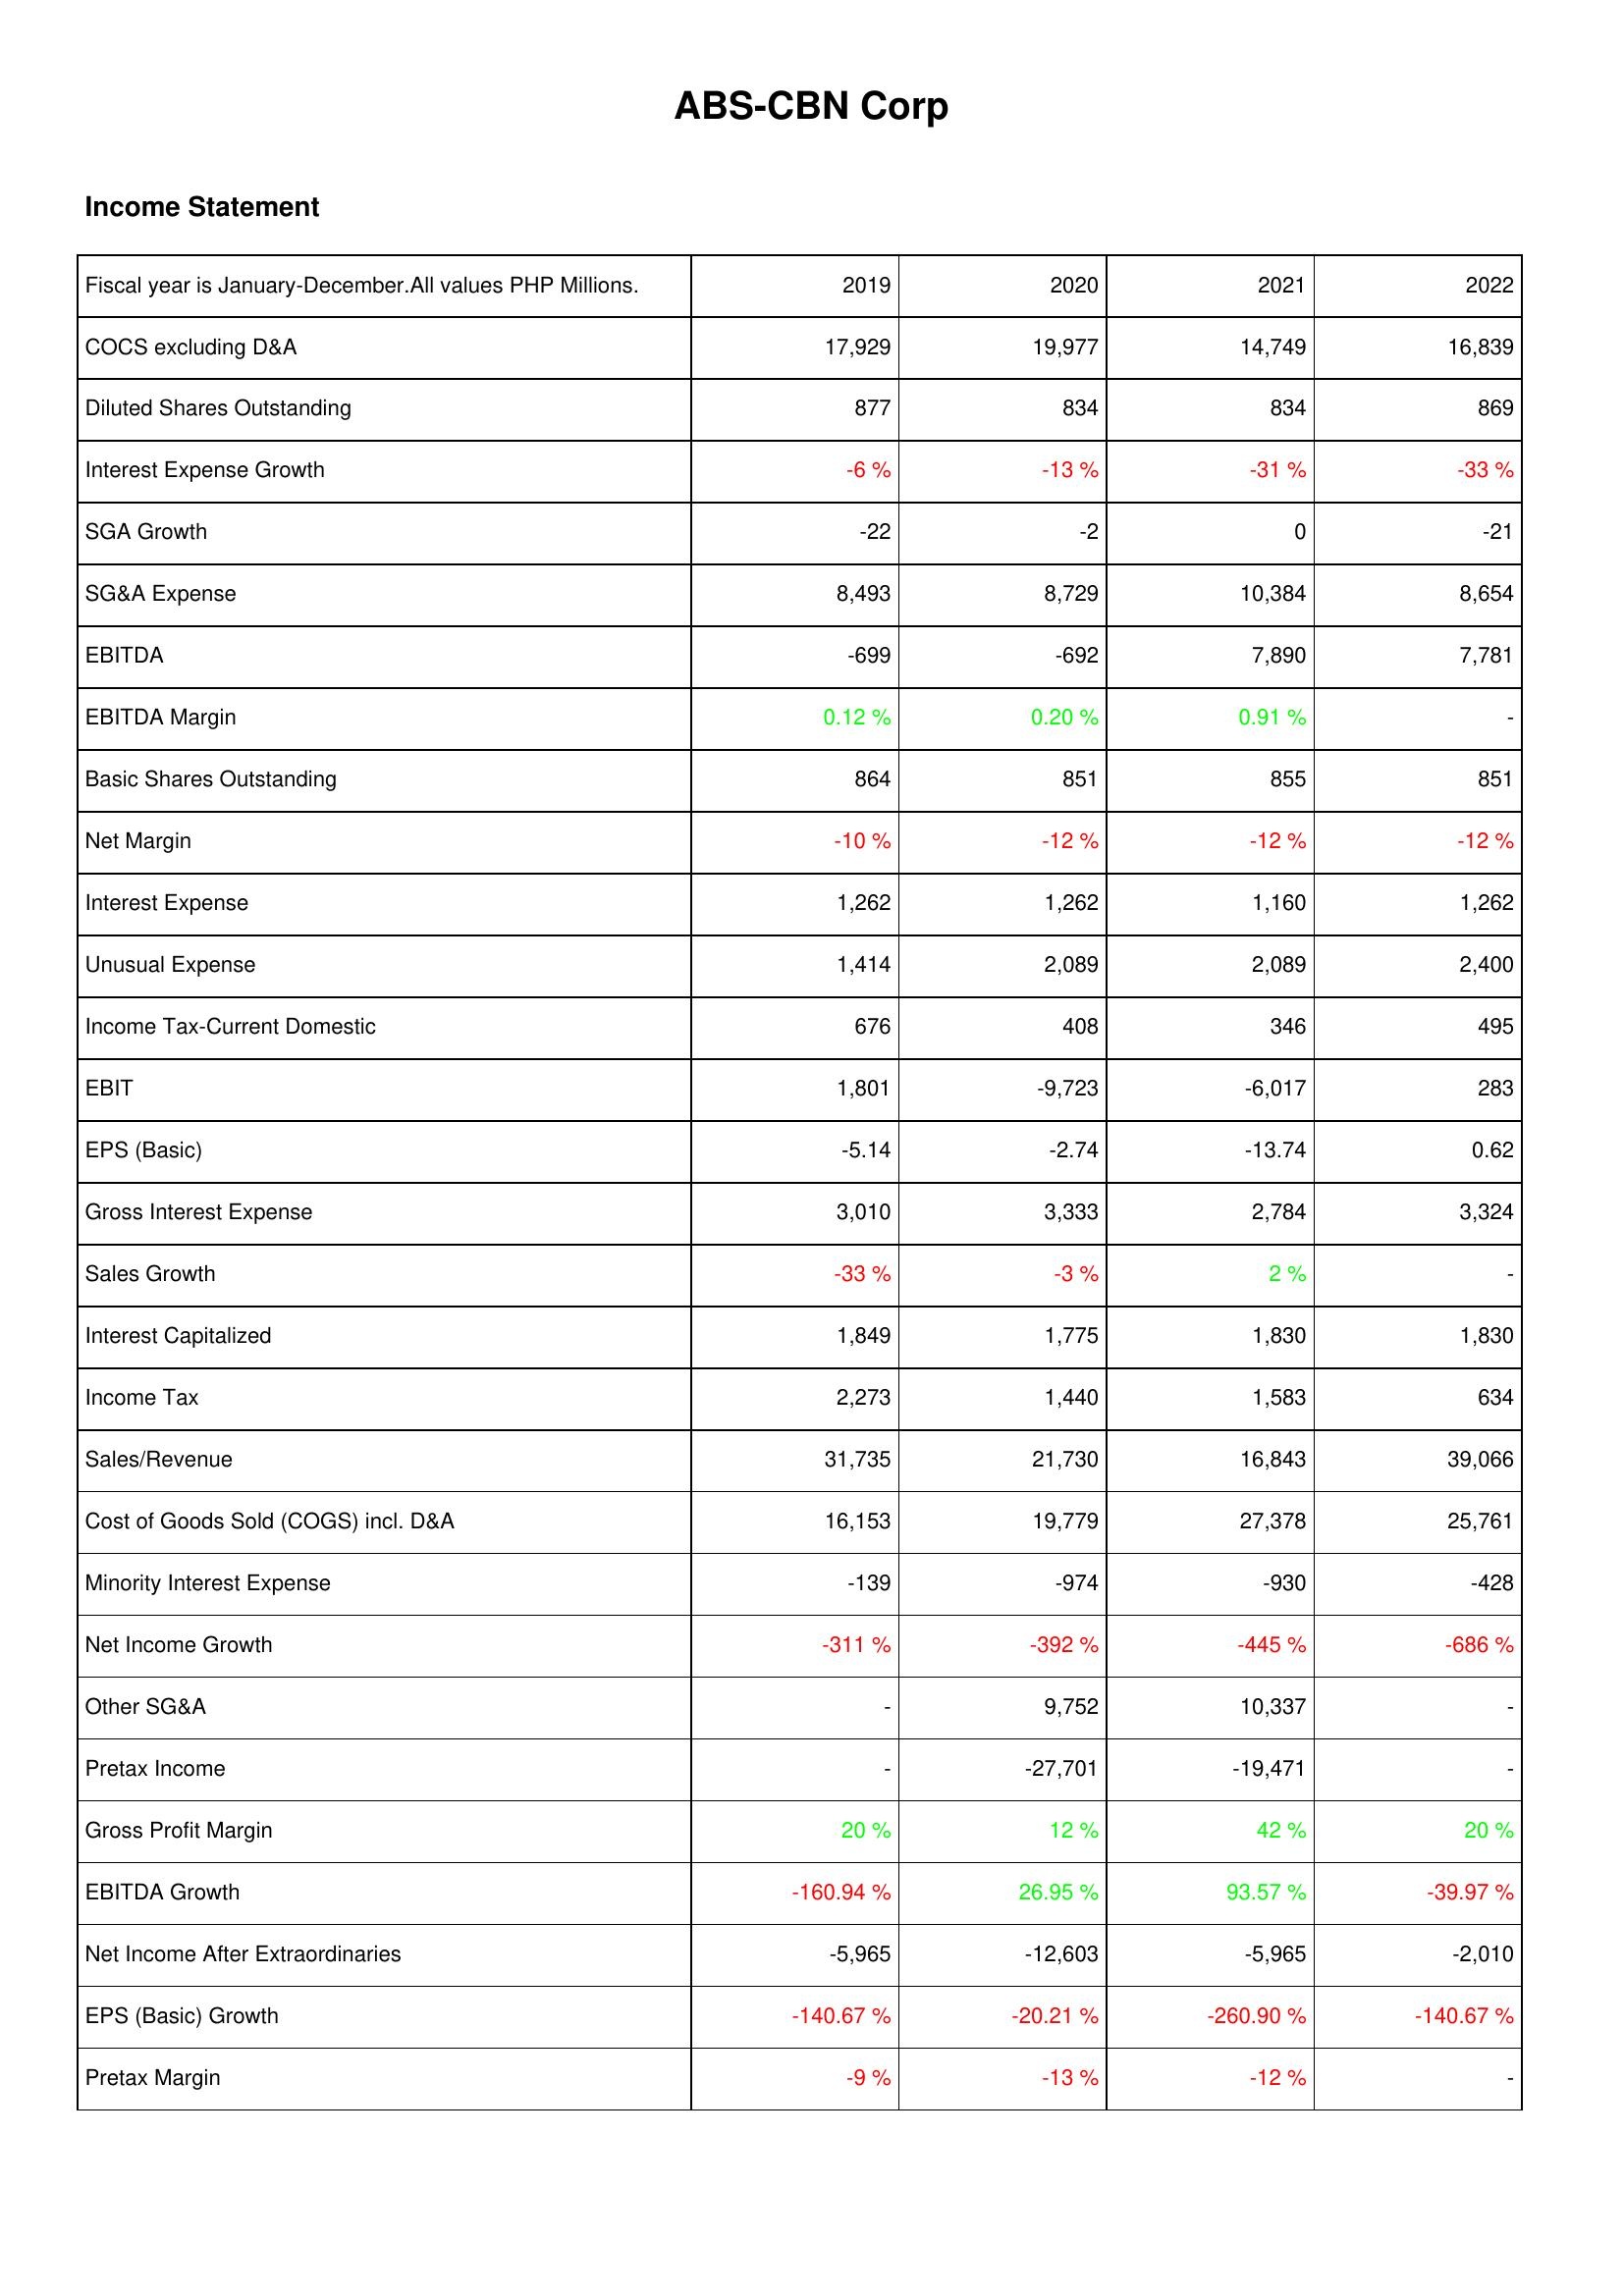
2019: Income Statement: COCS excluding D&A: 17,929
Diluted Shares Outstanding: 877
Interest Expense Growth: -6 %
SGA Growth: -22
SG&A Expense: 8,493
EBITDA: -699
EBITDA Margin: 0.12 %
Basic Shares Outstanding: 864
Net Margin: -10 %
Interest Expense: 1,262
Unusual Expense: 1,414
Income Tax-Current Domestic: 676
EBIT: 1,801
EPS (Basic): -5.14
Gross Interest Expense: 3,010
Sales Growth: -33 %
Interest Capitalized: 1,849
Income Tax: 2,273
Sales/Revenue: 31,735
Cost of Goods Sold (COGS) incl. D&A: 16,153
Minority Interest Expense: -139
Net Income Growth: -311 %
Other SG&A: -
Pretax Income: -
Gross Profit Margin: 20 %
EBITDA Growth: -160.94 %
Net Income After Extraordinaries: -5,965
EPS (Basic) Growth: -140.67 %
Pretax Margin: -9 %
2020: Income Statement: COCS excluding D&A: 19,977
Diluted Shares Outstanding: 834
Interest Expense Growth: -13 %
SGA Growth: -2
SG&A Expense: 8,729
EBITDA: -692
EBITDA Margin: 0.20 %
Basic Shares Outstanding: 851
Net Margin: -12 %
Interest Expense: 1,262
Unusual Expense: 2,089
Income Tax-Current Domestic: 408
EBIT: -9,723
EPS (Basic): -2.74
Gross Interest Expense: 3,333
Sales Growth: -3 %
Interest Capitalized: 1,775
Income Tax: 1,440
Sales/Revenue: 21,730
Cost of Goods Sold (COGS) incl. D&A: 19,779
Minority Interest Expense: -974
Net Income Growth: -392 %
Other SG&A: 9,752
Pretax Income: -27,701
Gross Profit Margin: 12 %
EBITDA Growth: 26.95 %
Net Income After Extraordinaries: -12,603
EPS (Basic) Growth: -20.21 %
Pretax Margin: -13 %
2021: Income Statement: COCS excluding D&A: 14,749
Diluted Shares Outstanding: 834
Interest Expense Growth: -31 %
SGA Growth: 0
SG&A Expense: 10,384
EBITDA: 7,890
EBITDA Margin: 0.91 %
Basic Shares Outstanding: 855
Net Margin: -12 %
Interest Expense: 1,160
Unusual Expense: 2,089
Income Tax-Current Domestic: 346
EBIT: -6,017
EPS (Basic): -13.74
Gross Interest Expense: 2,784
Sales Growth: 2 %
Interest Capitalized: 1,830
Income Tax: 1,583
Sales/Revenue: 16,843
Cost of Goods Sold (COGS) incl. D&A: 27,378
Minority Interest Expense: -930
Net Income Growth: -445 %
Other SG&A: 10,337
Pretax Income: -19,471
Gross Profit Margin: 42 %
EBITDA Growth: 93.57 %
Net Income After Extraordinaries: -5,965
EPS (Basic) Growth: -260.90 %
Pretax Margin: -12 %
2022: Income Statement: COCS excluding D&A: 16,839
Diluted Shares Outstanding: 869
Interest Expense Growth: -33 %
SGA Growth: -21
SG&A Expense: 8,654
EBITDA: 7,781
EBITDA Margin: -
Basic Shares Outstanding: 851
Net Margin: -12 %
Interest Expense: 1,262
Unusual Expense: 2,400
Income Tax-Current Domestic: 495
EBIT: 283
EPS (Basic): 0.62
Gross Interest Expense: 3,324
Sales Growth: -
Interest Capitalized: 1,830
Income Tax: 634
Sales/Revenue: 39,066
Cost of Goods Sold (COGS) incl. D&A: 25,761
Minority Interest Expense: -428
Net Income Growth: -686 %
Other SG&A: -
Pretax Income: -
Gross Profit Margin: 20 %
EBITDA Growth: -39.97 %
Net Income After Extraordinaries: -2,010
EPS (Basic) Growth: -140.67 %
Pretax Margin: -